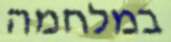
במלחמה